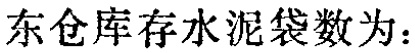
东仓库存水泥袋数为：